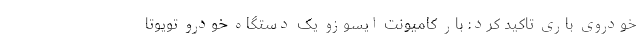
خودروی باری تاکید کرد: بار کامیونت ایسوزو یک دستگاه خودرو تویوتا